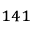
^ { 1 4 1 }